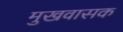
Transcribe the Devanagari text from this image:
मुखवासक